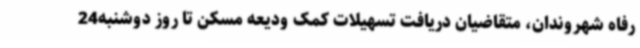
رفاه شهروندان، متقاضیان دریافت تسهیلات کمک ودیعه مسکن تا روز دوشنبه24